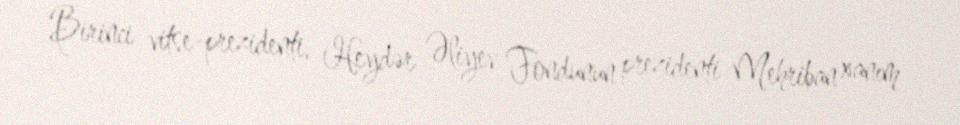
Birinci vitse-prezidenti, Heydər Əliyev Fondunun prezidenti Mehriban xanım